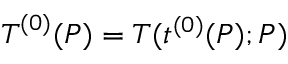
\boldsymbol { T } ^ { ( 0 ) } ( P ) = \boldsymbol { T } ( t ^ { ( 0 ) } ( P ) ; P )